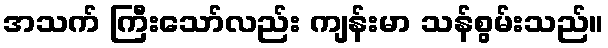
အသက် ကြီးသော်လည်း ကျန်းမာ သန်စွမ်းသည်။